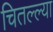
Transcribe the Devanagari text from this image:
चितल्ल्या